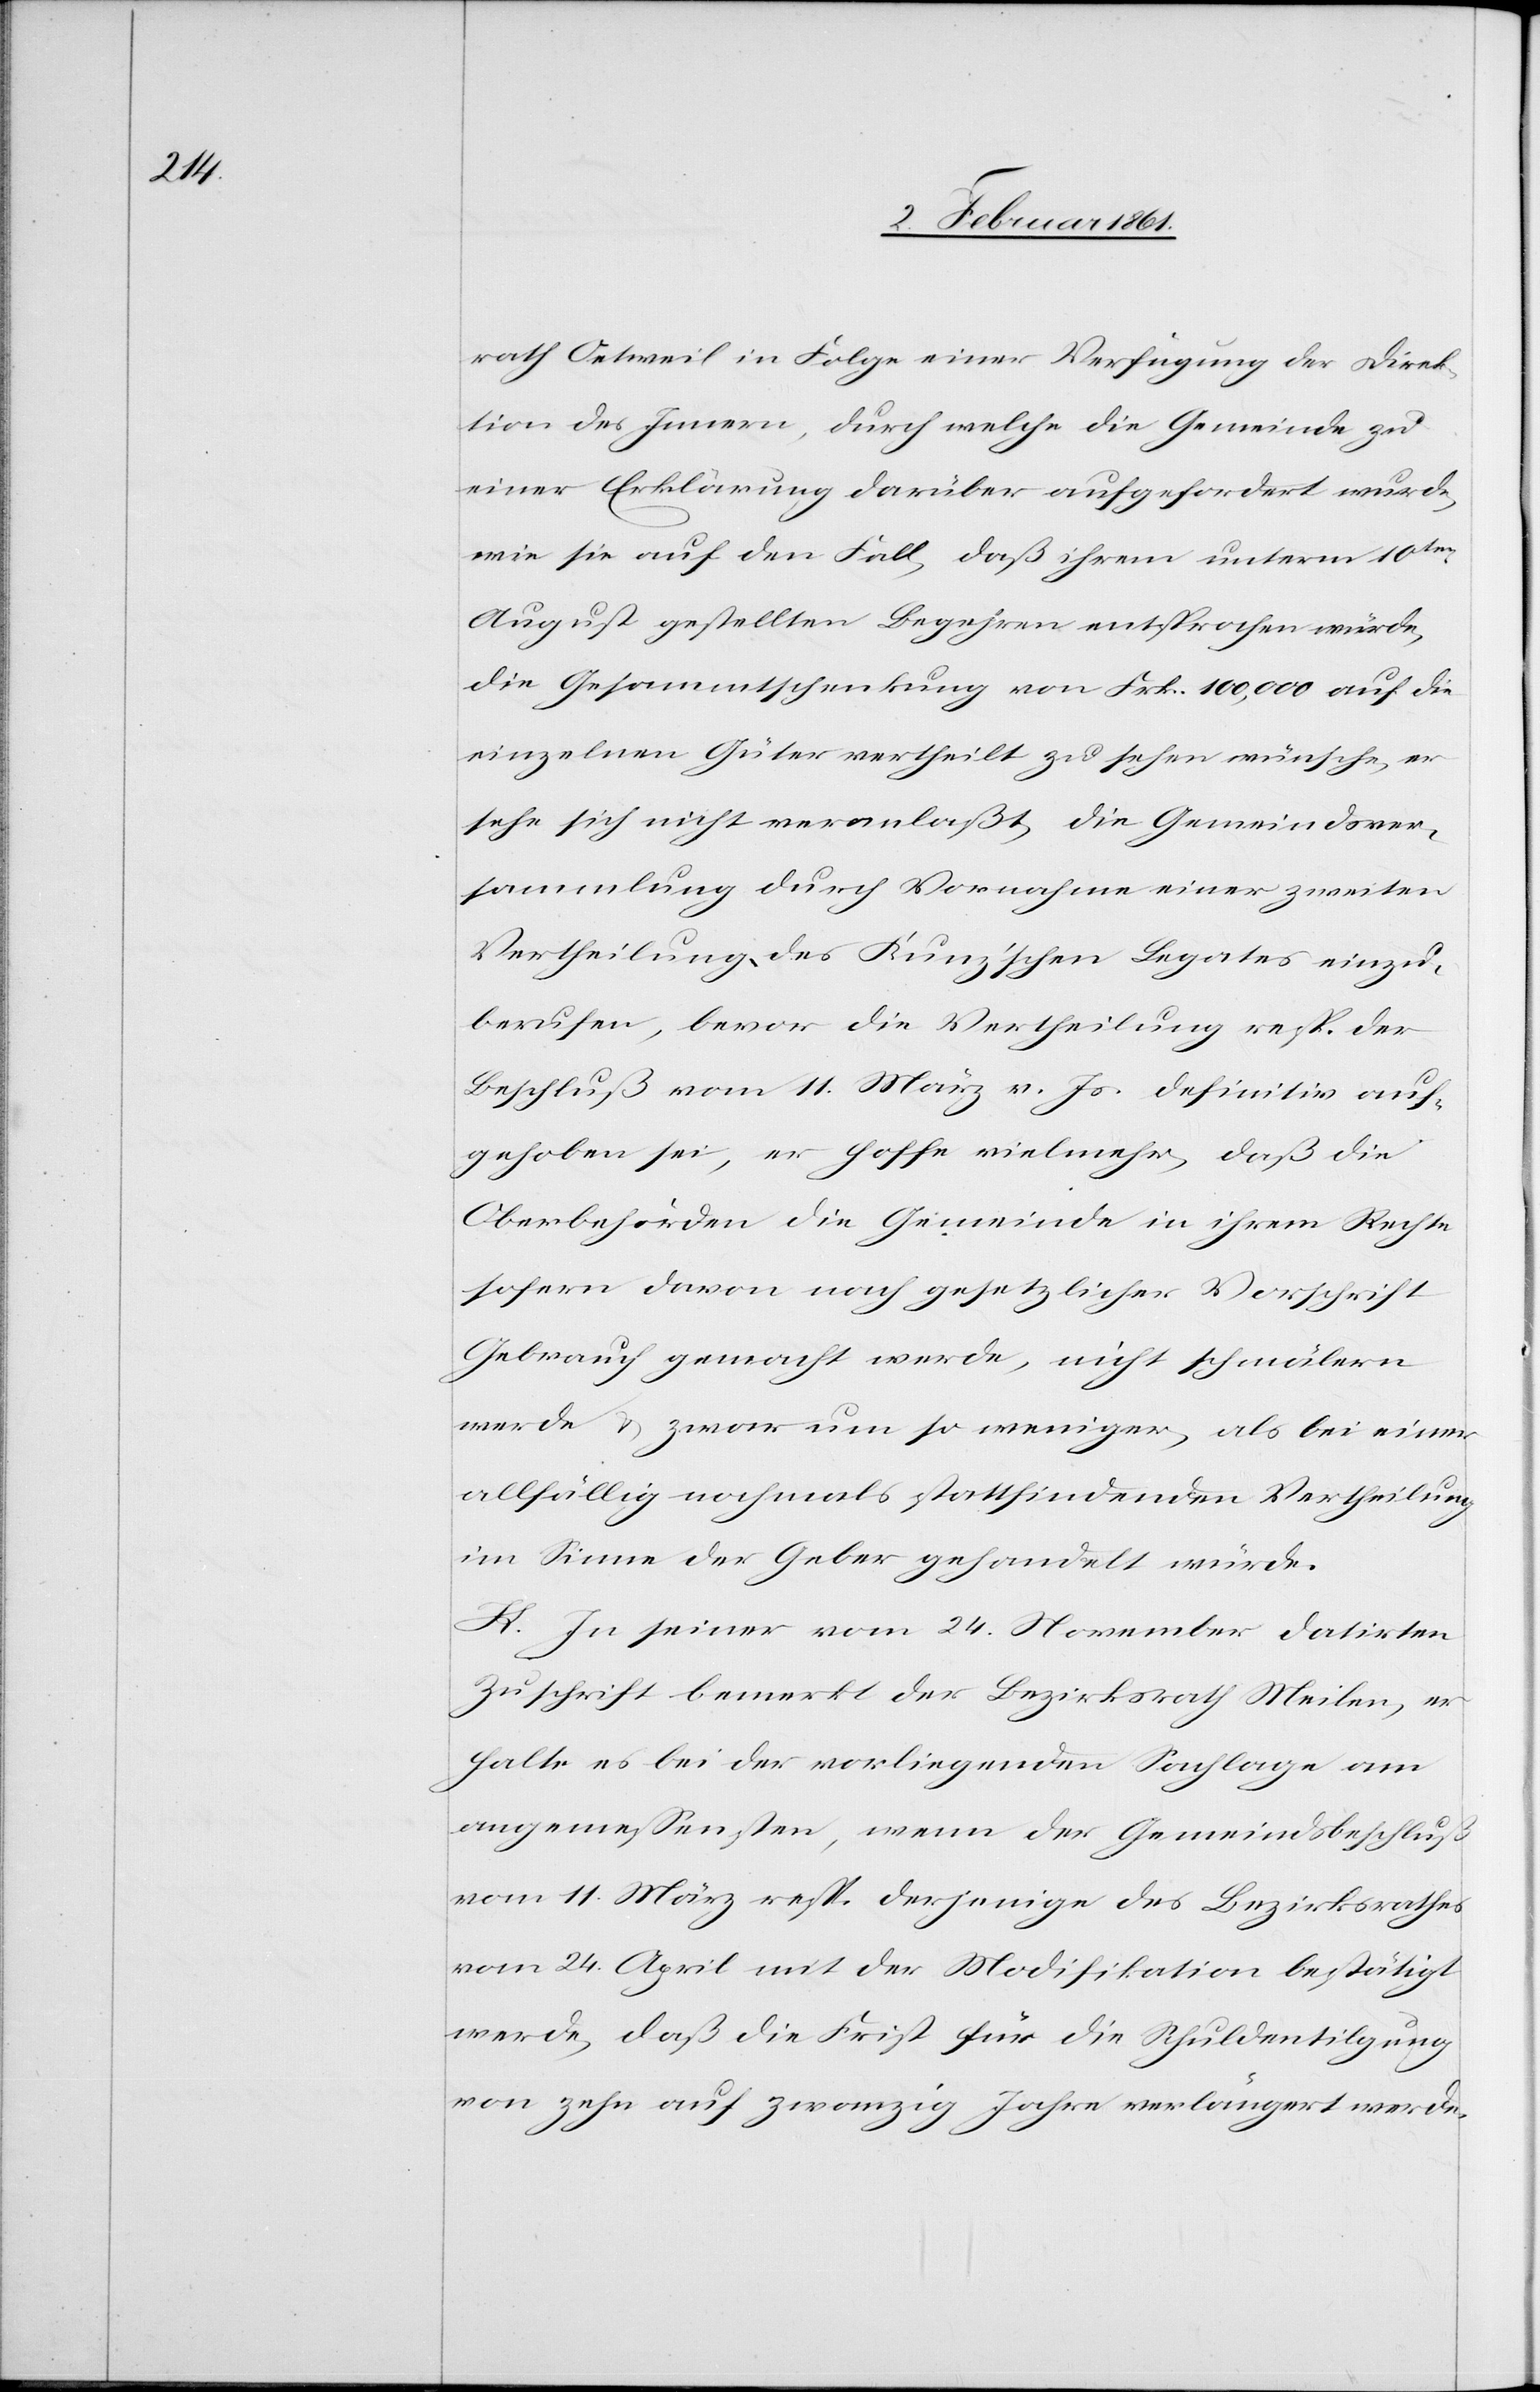
rath Oetweil in Folge einer Verfügung der Direk¬
tion des Innern, durch welche die Gemeinde zu
einer Erklärung darüber aufgefordert wurde,
wie sie auf den Fall, daß ihrem unterm 10ten
August gestellten Begehren entsprochen würde,
die Gesammtschenkung von Frk. 100,000 auf die
einzelnen Güter vertheilt zu sehen wünsche, er
sehe sich nicht veranlaßt, die Gemeindsver¬
sammlung durch Vornahme einer zweiten
Vertheilung des Kunz’schen Legates einzu¬
berufen, bevor die Vertheilung resp. der
Beschluß vom 11. März v. Js. definitiv auf¬
gehoben sei, er hoffe vielmehr, daß die
Oberbehörden die Gemeinde in ihrem Rechte
sofern davon nach gesetzlicher Vorschrift
Gebrauch gemacht werde, nicht schmälern
werde u. zwar um so weniger, als bei einer
allfällig nochmals stattfindenden Vertheilung
im Sinne der Geber gehandelt würde.
K. In seiner vom 24. November datirten
Zuschrift bemerkt der Bezirksrath Meilen, er
halte es bei der vorliegenden Sachlage am
angemessendsten, wenn der Gemeindsbeschluß
vom 11. März resp. derjenige des Bezirksrathes
vom 24. April mit der Modifikation bestätigt
werde, daß die Frist für die Schuldentilgung
von zehn auf zwanzig Jahre verlängert werde.